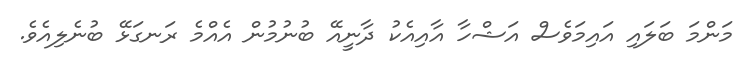
މަންމަ ބަލައި އައިމަވެސް އަޝްހާ އާއިއެކު ދާނީއޭ ބުނުމުން އެއްމެ ރަނގަޅޭ ބުނެލިއެވެ.